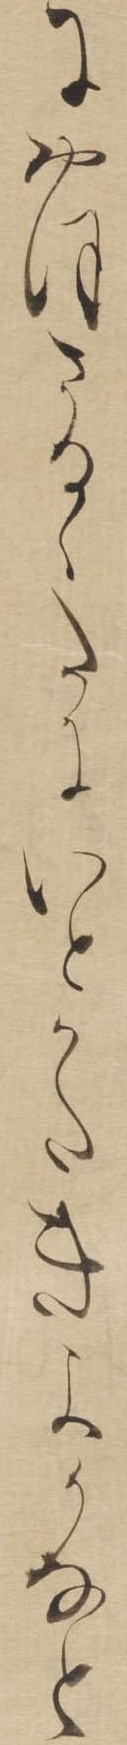
におほさるゝたにいとかたきよかなと